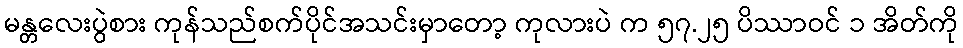
မန္တလေးပွဲစား ကုန်သည်စက်ပိုင်အသင်းမှာတော့ ကုလားပဲ က ၅၇.၂၅ ပိဿာဝင် ၁ အိတ်ကို